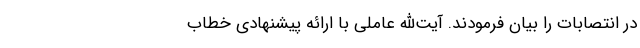
در انتصابات را بیان فرمودند. آیت‌الله عاملی با ارائه پیشنهادی خطاب